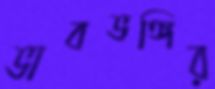
ভাবভঙ্গির